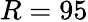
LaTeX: R=95